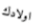
اولادك